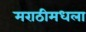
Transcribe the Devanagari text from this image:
मराठीमधला